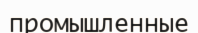
промышленные